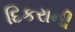
દિકરાની